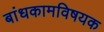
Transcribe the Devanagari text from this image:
बांधकामविषयक